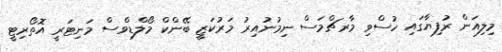
މިލިއަން ރުފިޔާގައި ހުސްވި މާރޗްމަސް ނިމުނުއިރު މަރުކަޒީ ބޭންކް މޯލްޑިވްސް މަނިޓަރީ އޮތޯރިޓީ